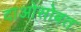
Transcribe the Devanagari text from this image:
दाओसोबत